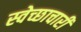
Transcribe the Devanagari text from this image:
स्‍वेच्‍छाचारी